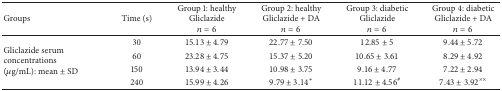
<table><thead><tr><td><b>Groups</b></td><td><b>Time (s)</b></td><td><b>Group 1: healthyGliclazide<i>n</i> = 6</b></td><td><b>Group 2: healthy Gliclazide + DA<i>n</i> = 6</b></td><td><b>Group 3: diabeticGliclazide<i>n</i> = 6</b></td><td><b>Group 4: diabetic Gliclazide + DA<i>n</i> = 6</b></td></tr></thead><tbody><tr><td rowspan="4">Gliclazide serum concentrations(<i>μ</i>g/mL): mean ± SD</td><td>30</td><td>15.13 ± 4.79</td><td>22.77 ± 7.50</td><td>12.85 ± 5</td><td>9.44 ± 5.72</td></tr><tr><td>60</td><td>23.28 ± 4.75</td><td>15.37 ± 5.20</td><td>10.65 ± 3.61</td><td>8.29 ± 4.92</td></tr><tr><td>150</td><td>13.94 ± 3.44</td><td>10.98 ± 3.75</td><td>9.16 ± 4.77</td><td>7.22 ± 2.94</td></tr><tr><td>240</td><td>15.99 ± 4.26</td><td>9.79 ± 3.14*</td><td>11.12 ± 4.56<sup>#</sup></td><td>7.43 ± 3.92<sup>××</sup></td></tr></tbody></table>